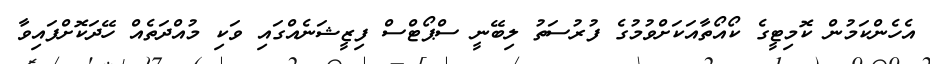
އެހެންކަމުން ކޮމިޓީގެ ކޯއޯތާއަކަށްވުމުގެ ފުރުސަތު ލިބޭނީ ސްޕޯޓްސް ފިޒީޝަނެއްގައި ވަކި މުއްދަތެއް ހޭދަކޮށްފައިވާ